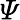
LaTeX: \varPsi